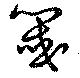
閾